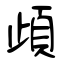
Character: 頉